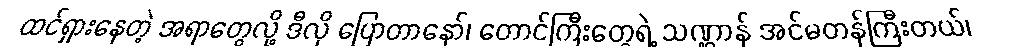
ထင်ရှားနေတဲ့ အရာတွေလို့ ဒီလို ပြောတာနော်၊ တောင်ကြီးတွေရဲ့ သဏ္ဌာန် အင်မတန်ကြီးတယ်၊